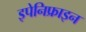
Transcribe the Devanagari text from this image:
इपेनिफ्राइन